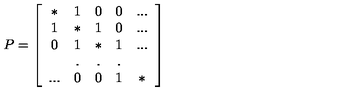
P = \left[ \begin{array} { c c c c c } { * } & { 1 } & { 0 } & { 0 } & { . . . } \\ { 1 } & { * } & { 1 } & { 0 } & { . . . } \\ { 0 } & { 1 } & { * } & { 1 } & { . . . } \\ { } & { . } & { . } & { . } & { } \\ { . . . } & { 0 } & { 0 } & { 1 } & { * } \\ \end{array} \right]